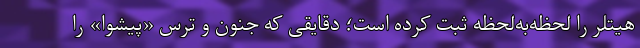
هیتلر را لحظه‌به‌لحظه ثبت کرده است؛ دقایقی که جنون و ترس «پیشوا» را